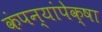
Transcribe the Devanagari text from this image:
कंपन्यांपेक्षा